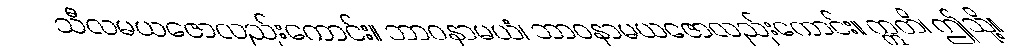
သီလမယဇောလည်းကောင်း။ ဘာဝနာမယံ၊ ဘာဝနာမယဇောလည်းကောင်း။ ဣတိ၊ ဤသို့။